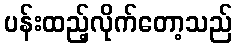
ပန်းထည့်လိုက်တော့သည်